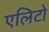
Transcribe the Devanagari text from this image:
एलिटो